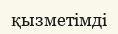
қызметімді